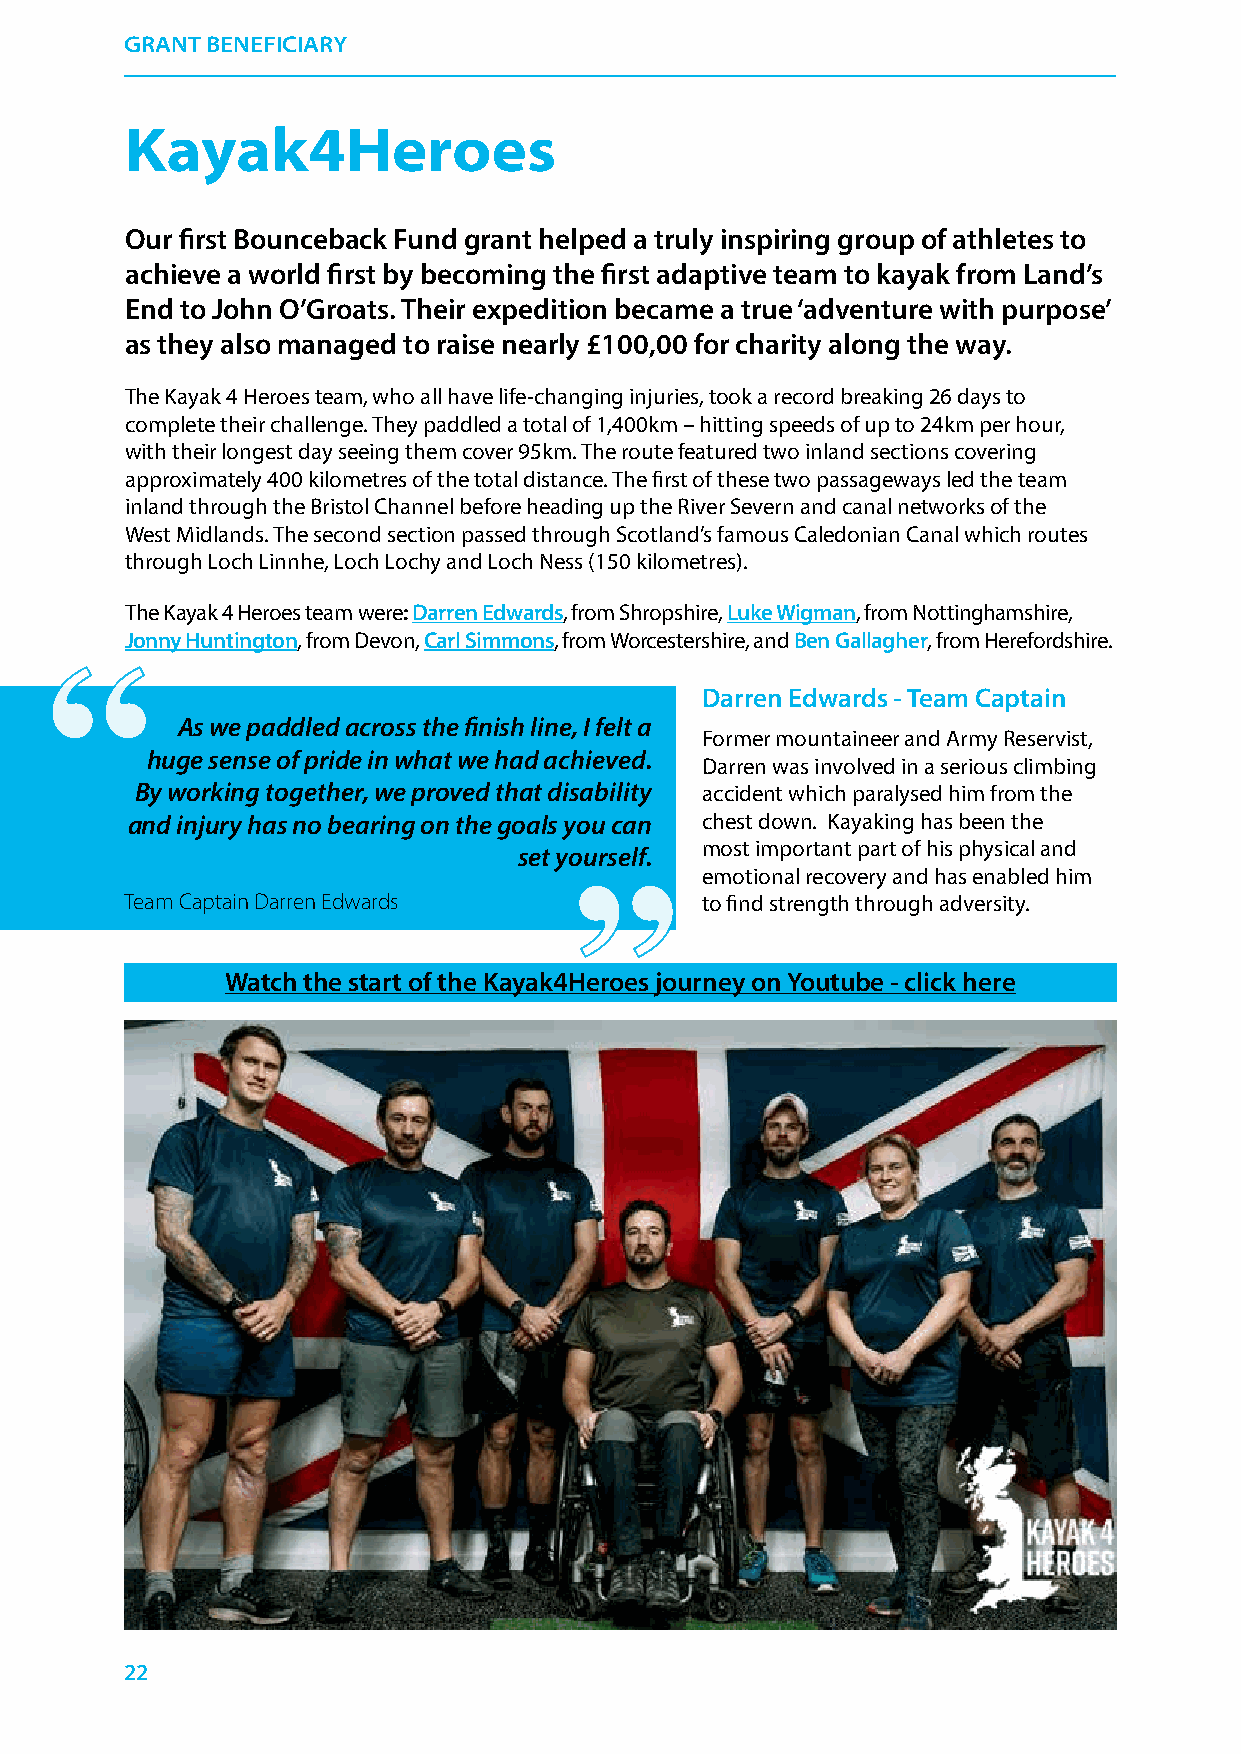
GRANT BENEFICIARY
 Kayak4Heroes
 Our first Bounceback Fund grant helped a truly inspiring group of athletes to
 achieve a world first by becoming the first adaptive team to kayak from Land’s
 End to John O’Groats. Their expedition became a true ‘adventure with purpose’
 as they also managed to raise nearly £100,00 for charity along the way.
 The Kayak 4 Heroes team, who all have life-changing injuries, took a record breaking 26 days to
 complete their challenge. They paddled a total of 1,400km – hitting speeds of up to 24km per hour,
 with their longest day seeing them cover 95km. The route featured two inland sections covering
 approximately 400 kilometres of the total distance. The first of these two passageways led the team
 inland through the Bristol Channel before heading up the River Severn and canal networks of the
 West Midlands. The second section passed through Scotland’s famous Caledonian Canal which routes
 through Loch Linnhe, Loch Lochy and Loch Ness (150 kilometres).
 The Kayak 4 Heroes team were: Darren Edwards, from Shropshire, Luke Wigman, from Nottinghamshire,
 Jonny Huntington, from Devon, Carl Simmons, from Worcestershire, and Ben Gallagher, from Herefordshire.
 ““
 Darren Edwards - Team Captain
 As we paddled across the finish line, I felt a
 Former mountaineer and Army Reservist,
 ““
 huge sense of pride in what we had achieved.
 Darren was involved in a serious climbing
 By working together, we proved that disability accident which paralysed him from the
 and injury has no bearing on the goals you can chest down. Kayaking has been the
 most important part of his physical and
 set yourself.
 emotional recovery and has enabled him
 Team Captain Darren Edwards           to find strength through adversity.
 Watch the start of the Kayak4Heroes journey on Youtube - click here
 22